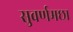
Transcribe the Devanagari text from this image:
सुवर्णमछा